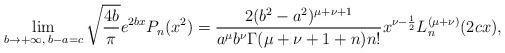
LaTeX: \begin{align*}\lim_{b \to +\infty, \; b-a=c}\sqrt{\frac{4b}{\pi}}e^{2 b x}P_n(x^2)=\frac{2(b^2-a^2)^{\mu+\nu+1}}{a^\mu b^\nu \Gamma(\mu+\nu+1+n)n!}x^{\nu-\frac{1}{2}}L_n^{(\mu+\nu)}(2cx),\end{align*}